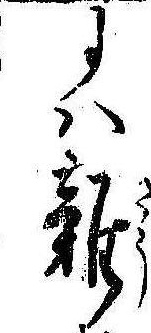
には雑